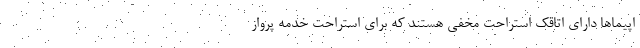
اپیما‌ها دارای اتاقک استراحت مخفی‌ هستند که برای استراحت خدمه پرواز